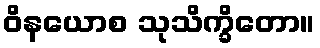
ဝိနယောစ သုသိက္ခိတော။